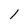
Character: 1